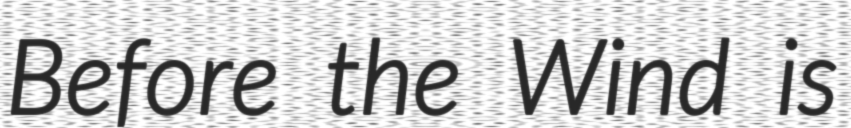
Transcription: Before the Wind is